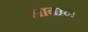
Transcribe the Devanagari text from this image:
साबान